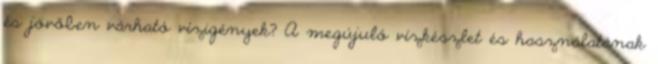
és jövőben várható vízigények? A megújuló vízkészlet és használatának